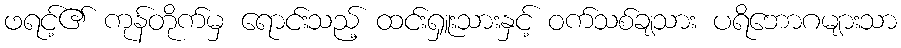
ဖရင့်၏ ကုန်တိုက်မှ ရောင်းသည့် ထင်းရှူးသားနှင့် ဝက်သစ်ချသား ပရိဘောဂများသာ